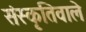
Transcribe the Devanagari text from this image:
संस्कृतिवाले